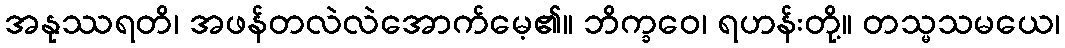
အနုဿရတိ၊ အဖန်တလဲလဲအောက်မေ့၏။ ဘိက္ခဝေ၊ ရဟန်းတို့။ တသ္မသမယေ၊